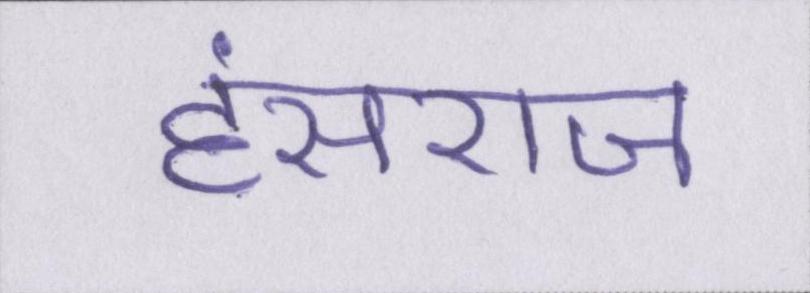
हंसराज